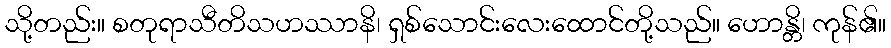
သို့တည်း။ စတုရာသီတိသဟဿာနိ၊ ရှစ်သောင်းလေးထောင်တို့သည်။ ဟောန္တိ၊ ကုန်၏။